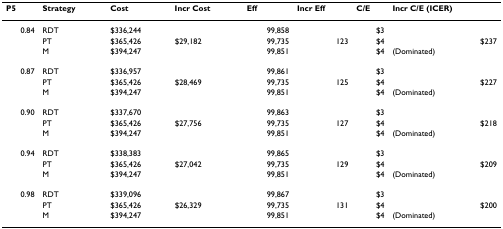
<table><thead><tr><td><b>P5</b></td><td><b>Strategy</b></td><td><b>Cost</b></td><td><b>Incr Cost</b></td><td><b>Eff</b></td><td><b>Incr Eff</b></td><td><b>C/E</b></td><td><b>Incr C/E (ICER)</b></td></tr></thead><tbody><tr><td>0.84</td><td>RDT</td><td>$336,244</td><td></td><td>99,858</td><td></td><td>$3</td><td></td></tr><tr><td></td><td>PT</td><td>$365,426</td><td>$29,182</td><td>99,735</td><td>123</td><td>$4</td><td>$237</td></tr><tr><td></td><td>M</td><td>$394,247</td><td></td><td>99,851</td><td></td><td>$4</td><td>(Dominated)</td></tr><tr><td>0.87</td><td>RDT</td><td>$336,957</td><td></td><td>99,861</td><td></td><td>$3</td><td></td></tr><tr><td></td><td>PT</td><td>$365,426</td><td>$28,469</td><td>99,735</td><td>125</td><td>$4</td><td>$227</td></tr><tr><td></td><td>M</td><td>$394,247</td><td></td><td>99,851</td><td></td><td>$4</td><td>(Dominated)</td></tr><tr><td>0.90</td><td>RDT</td><td>$337,670</td><td></td><td>99,863</td><td></td><td>$3</td><td></td></tr><tr><td></td><td>PT</td><td>$365,426</td><td>$27,756</td><td>99,735</td><td>127</td><td>$4</td><td>$218</td></tr><tr><td></td><td>M</td><td>$394,247</td><td></td><td>99,851</td><td></td><td>$4</td><td>(Dominated)</td></tr><tr><td>0.94</td><td>RDT</td><td>$338,383</td><td></td><td>99,865</td><td></td><td>$3</td><td></td></tr><tr><td></td><td>PT</td><td>$365,426</td><td>$27,042</td><td>99,735</td><td>129</td><td>$4</td><td>$209</td></tr><tr><td></td><td>M</td><td>$394,247</td><td></td><td>99,851</td><td></td><td>$4</td><td>(Dominated)</td></tr><tr><td>0.98</td><td>RDT</td><td>$339,096</td><td></td><td>99,867</td><td></td><td>$3</td><td></td></tr><tr><td></td><td>PT</td><td>$365,426</td><td>$26,329</td><td>99,735</td><td>131</td><td>$4</td><td>$200</td></tr><tr><td></td><td>M</td><td>$394,247</td><td></td><td>99,851</td><td></td><td>$4</td><td>(Dominated)</td></tr></tbody></table>